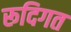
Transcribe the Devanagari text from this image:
रूदिगत